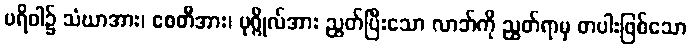
ပရိဝါ၌ သံဃာအား၊ စေတီအား၊ ပုဂ္ဂိုလ်အား ညွတ်ပြီးသော လာဘ်ကို ညွတ်ရာမှ တပါးဖြစ်သော